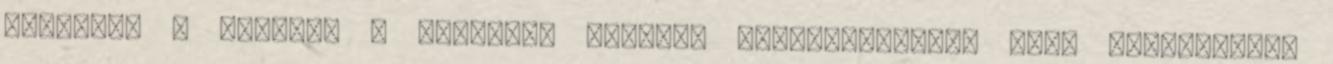
foglalta a helyet, a sarokban parányi kovácstűzhely, alig emberfejnyi